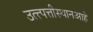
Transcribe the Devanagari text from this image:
उत्त्पत्तीस्थानआहे